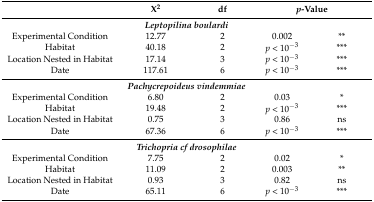
<table><thead><tr><td></td><td><b>Χ<sup>2</sup></b></td><td><b>df</b></td><td colspan="2"><b><i>p</i>-Value</b></td></tr></thead><tbody><tr><td colspan="5"><b><i>Leptopilina boulardi</i></b></td></tr><tr><td>Experimental Condition</td><td>12.77</td><td>2</td><td>0.002</td><td>**</td></tr><tr><td>Habitat</td><td>40.18</td><td>2</td><td><i>p</i> &lt; 10<sup>−3</sup></td><td>***</td></tr><tr><td>Location Nested in Habitat</td><td>17.14</td><td>3</td><td><i>p</i> &lt; 10<sup>−3</sup></td><td>***</td></tr><tr><td>Date</td><td>117.61</td><td>6</td><td><i>p</i> &lt; 10<sup>−3</sup></td><td>***</td></tr><tr><td colspan="5"><b><i>Pachycrepoideus vindemmiae</i></b></td></tr><tr><td>Experimental Condition</td><td>6.80</td><td>2</td><td>0.03</td><td>*</td></tr><tr><td>Habitat</td><td>19.48</td><td>2</td><td><i>p</i> &lt; 10<sup>−3</sup></td><td>***</td></tr><tr><td>Location Nested in Habitat</td><td>0.75</td><td>3</td><td>0.86</td><td>ns</td></tr><tr><td>Date</td><td>67.36</td><td>6</td><td><i>p</i> &lt; 10<sup>−3</sup></td><td>***</td></tr><tr><td colspan="5"><b><i>Trichopria cf drosophilae</i></b></td></tr><tr><td>Experimental Condition</td><td>7.75</td><td>2</td><td>0.02</td><td>*</td></tr><tr><td>Habitat</td><td>11.09</td><td>2</td><td>0.003</td><td>**</td></tr><tr><td>Location Nested in Habitat</td><td>0.93</td><td>3</td><td>0.82</td><td>ns</td></tr><tr><td>Date</td><td>65.11</td><td>6</td><td><i>p</i> &lt; 10<sup>−3</sup></td><td>***</td></tr></tbody></table>